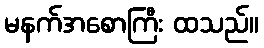
မနက်အစောကြီး ထသည်။